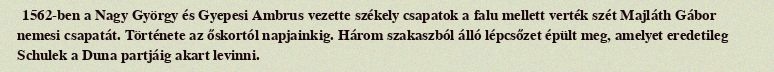
1562-ben a Nagy György és Gyepesi Ambrus vezette székely csapatok a falu mellett verték szét Majláth Gábor nemesi csapatát. Története az őskortól napjainkig. Három szakaszból álló lépcsőzet épült meg, amelyet eredetileg Schulek a Duna partjáig akart levinni.